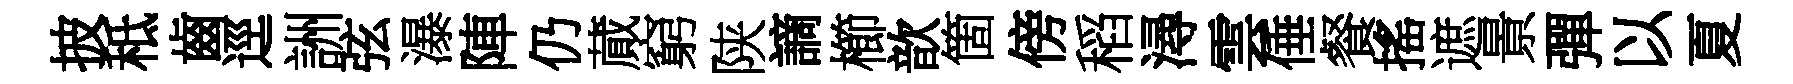
披秪齒逕詶弦瀑陣仍蕆窮陕謫櫛歆箇傍稻潯雲倕餐搖遮㬌彈以夏